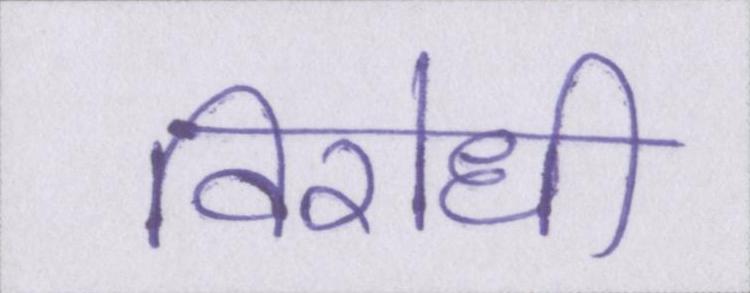
विरोधी